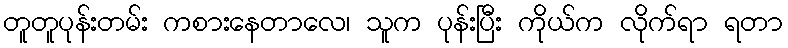
တူတူပုန်းတမ်း ကစားနေတာလေ၊ သူက ပုန်းပြီး ကိုယ်က လိုက်ရာ ရတာ